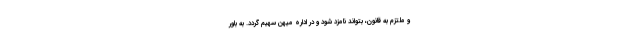
و ملتزم به قانون، بتواند نامزد شود و در اداره میهن سهیم گردد. به باور